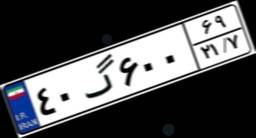
۴۰گ۶۰۰۶۹